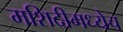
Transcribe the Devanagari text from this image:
मशिदीमध्येच